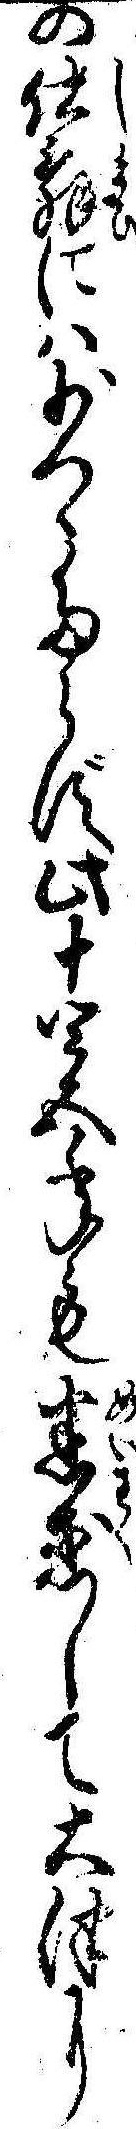
の仕舞には少つゝたらず此十四五年も迷惑して大津に